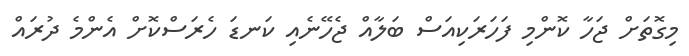
މިގޮތަށް ޖަހާ ކޮންމި ފަހަރަކިއަސް ބަލާއް ޖެހޭނެއި ކަނޑަ ހެރަސްކޮށް އެންމެ ދުރައް